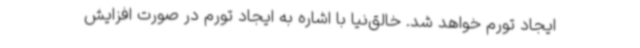
ایجاد تورم خواهد شد. خالق‌نیا با اشاره به ایجاد تورم در صورت افزایش